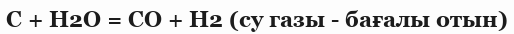
С + Н2О = CO + Н2 (су газы - бағалы отын)